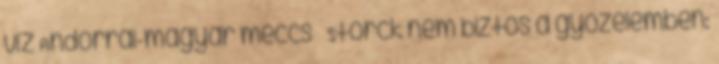
víz Andorrai-magyar meccs – Storck nem biztos a győzelemben: